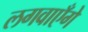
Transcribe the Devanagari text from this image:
लगवाएँगे